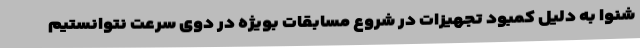
شنوا به دلیل کمبود تجهیزات در شروع مسابقات بویژه در دوی سرعت نتوانستیم